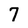
Character: 7